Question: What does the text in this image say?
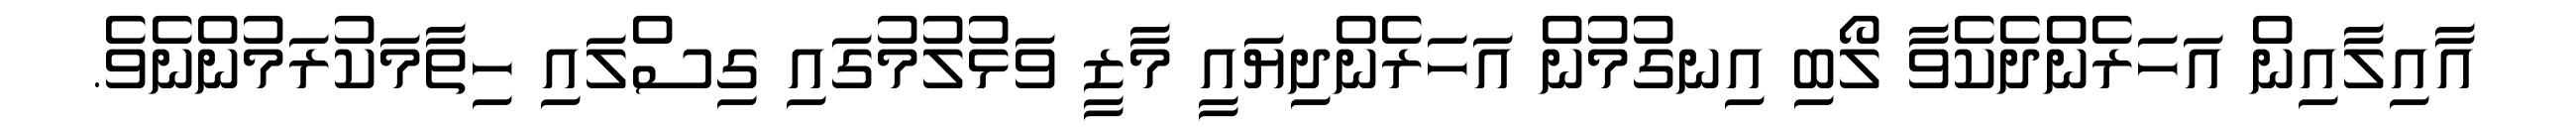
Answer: އާއިލާއިން އަހަރެންދެކެވާ ލޯބި އިނގުމުން އަހަރެންދިޔައީ މާޒީ ވަޅުލުމުގައި ގިސްލައި ހިތާމަކުރަމުންނެވެ.